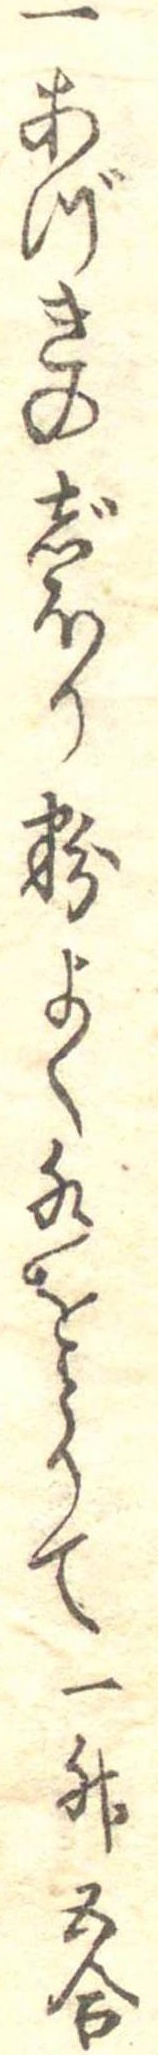
一あづきのじほり粉よく水をとりて一升五合